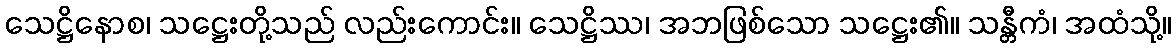
သေဋ္ဌိနောစ၊ သဋ္ဌေးတို့သည် လည်းကောင်း။ သေဋ္ဌိဿ၊ အဘဖြစ်သော သဋ္ဌေး၏။ သန္တီကံ၊ အထံသို့။